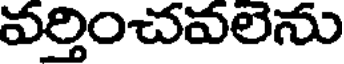
వర్తించవలను